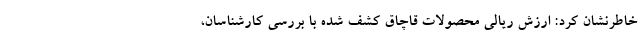
خاطرنشان کرد: ارزش ریالی محصولات قاچاق کشف شده با بررسی کارشناسان،